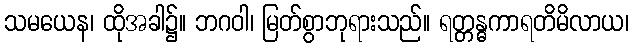
သမယေန၊ ထိုအခါ၌။ ဘဂဝါ၊ မြတ်စွာဘုရားသည်။ ရတ္တန္ဓကာရတိမိလာယ၊